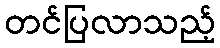
တင်ပြလာသည့်